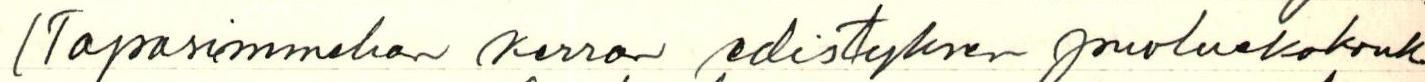
(Tapasimmehan kerran edistyksen puoluekokouk